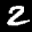
Digit: 2